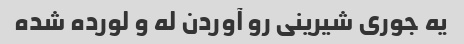
یه جوری شیرینی رو آوردن له و لورده شده